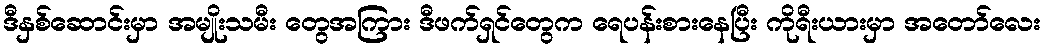
ဒီနှစ်ဆောင်းမှာ အမျိုးသမီး တွေအကြား ဒီဖက်ရှင်တွေက ရေပန်းစားနေပြီး ကိုရီးယားမှာ အတော်လေး